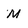
Character: m